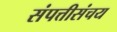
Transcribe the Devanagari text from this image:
संपत्तीसंचय